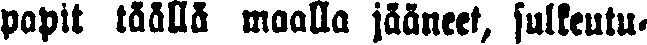
papit täällä maalla jääneet, sulkeutu-